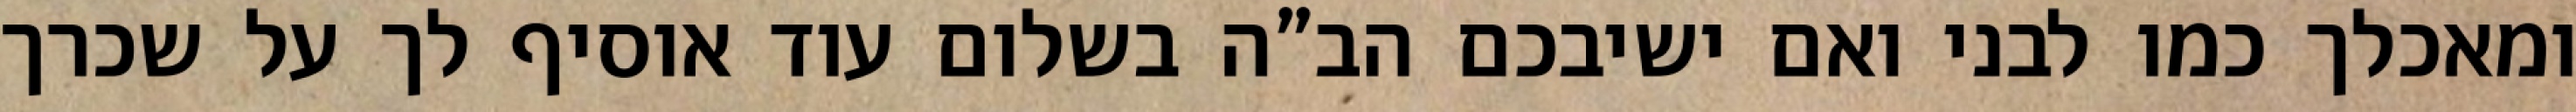
ומאכלך כמו לבני ואם ישיבכם הב”ה בשלום עוד אוסיף לך על שכרך